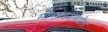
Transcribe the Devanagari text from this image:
मोखाड्याकडील